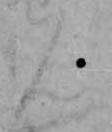
ん